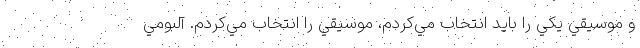
و موسيقي يكي را بايد انتخاب مي‌كردم، موسيقي را انتخاب مي‌كردم. آلبومي